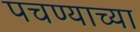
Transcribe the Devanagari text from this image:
पचण्याच्या